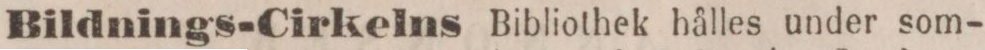
Bildnings-Cirkelns Bibliothek hålles under som-